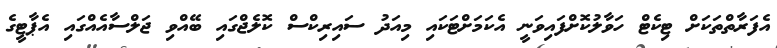
އެފަރާތްތަކަށް ޓިކެޓް ހަވާލުކޮށްފައިވަނީ އެކަމަށްޓަކައި މިއަދު ސައިރިކްސް ކޮލެޖްގައި ބޭއްވި ޖަލްސާއެއްގައި އެޕާޓީގެ